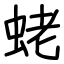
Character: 蛯